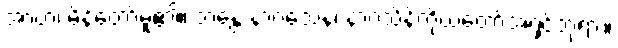
အာဟ၊ မိန့်တော်မူ၏။ ဘန္တေ နာဂသေန၊ နာဂသိန်ကိုယ်တော်အရှင်ဘုရား။